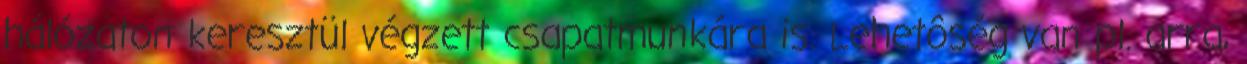
hálózaton keresztül végzett csapatmunkára is. Lehetôség van pl. arra,